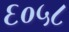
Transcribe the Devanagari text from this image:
६०५८